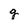
Character: g